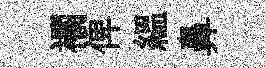
襴俾緼鼻